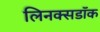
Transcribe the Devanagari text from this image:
लिनक्सडॉक